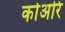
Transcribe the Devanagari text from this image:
कोअरि